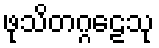
ဖုသိတဂ္ဂဠေသု